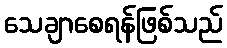
သေချာစေရန်ဖြစ်သည်